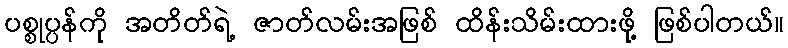
ပစ္စုပ္ပန်ကို အတိတ်ရဲ့ ဇာတ်လမ်းအဖြစ် ထိန်းသိမ်းထားဖို့ ဖြစ်ပါတယ်။